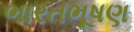
ભારતભૂષણ